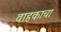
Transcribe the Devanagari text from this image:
वाहकाचा